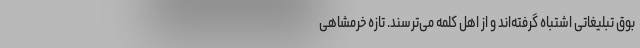
بوق تبلیغاتی اشتباه گرفته‌اند و از اهل کلمه می‌ترسند. تازه خرمشاهی